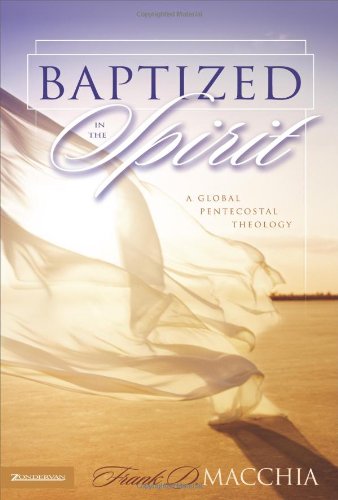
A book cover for Baptized in the Spirit: A Global Pentecostal Theology; Frank D. Macchia; Christian Books & Bibles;